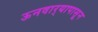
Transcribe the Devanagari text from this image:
ऊनवार्‍यापासून